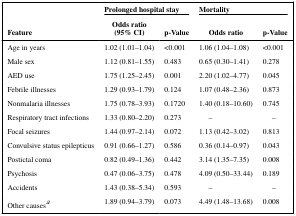
|  | <COLSPAN=2> Prolonged hospital stay | <COLSPAN=2> Mortality |
 | Feature | Odds ratio(95% CI) | p-Value | Odds ratio | p-Value |
 | --- | --- | --- | --- | --- |
 | Age in years | 1.02 (1.01–1.04) | <0.001 | 1.06 (1.04–1.08) | <0.001 |
 | Male sex | 1.12 (0.81–1.55) | 0.483 | 0.65 (0.30–1.41) | 0.278 |
 | AED use | 1.75 (1.25–2.45) | 0.001 | 2.20 (1.02–4.77) | 0.045 |
 | Febrile illnesses | 1.29 (0.93–1.79) | 0.124 | 1.07 (0.48–2.36) | 0.873 |
 | Nonmalaria illnesses | 1.75 (0.78–3.93) | 0.1720 | 1.40 (0.18–10.60) | 0.745 |
 | Respiratory tract infections | 1.33 (0.80–2.20) | 0.273 | – | – |
 | Focal seizures | 1.44 (0.97–2.14) | 0.072 | 1.13 (0.42–3.02) | 0.813 |
 | Convulsive status epilepticus | 0.91 (0.66–1.27) | 0.586 | 0.36 (0.14–0.97) | 0.043 |
 | Postictal coma | 0.82 (0.49–1.36) | 0.442 | 3.14 (1.35–7.35) | 0.008 |
 | Psychosis | 0.47 (0.06–3.75) | 0.478 | 4.09 (0.50–33.44) | 0.189 |
 | Accidents | 1.43 (0.38–5.34) | 0.593 | – | – |
 | Other causesa | 1.89 (0.94–3.79) | 0.073 | 4.49 (1.48–13.68) | 0.008 |